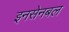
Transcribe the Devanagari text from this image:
इनसेनबल